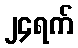
၂၄ရက်